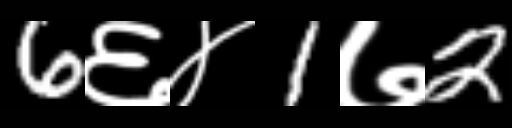
Text: 6६४1७2